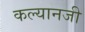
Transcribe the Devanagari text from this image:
कल्यानजी